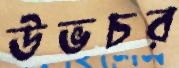
উভচর